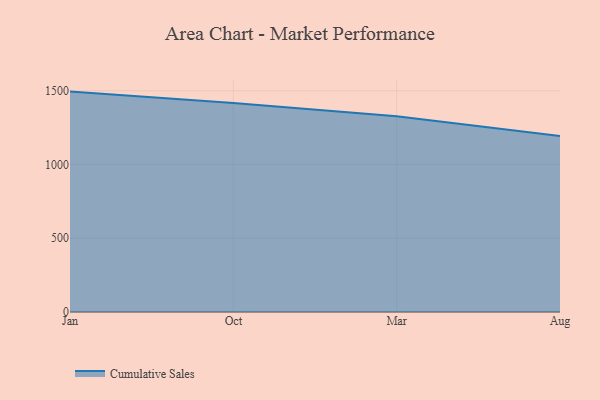
{"axis": {"x": "Month", "y": "Net Income (USD K)"}, "legend": ["Cumulative Sales"], "data": [{"x": "Jan", "y": 1494.3, "type": "Cumulative Sales"}, {"x": "Oct", "y": 1416.3, "type": "Cumulative Sales"}, {"x": "Mar", "y": 1326.9, "type": "Cumulative Sales"}, {"x": "Aug", "y": 1193.8, "type": "Cumulative Sales"}]}